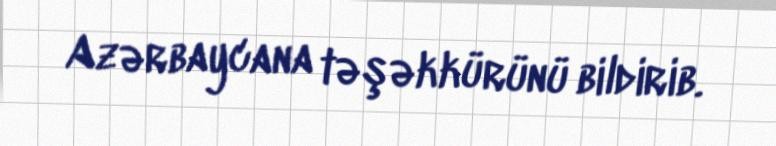
Azərbaycana təşəkkürünü bildirib.